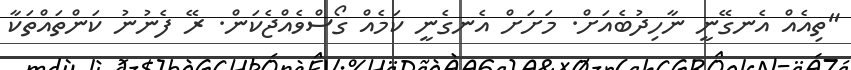
"ތިއެއް އެނގޭނީ ނާހިދުބެއަށް. މަށަށް އެނގެނީ ކަމެއް ގޯސްވެއްޖެކަން. ރޭ ފެނުނު ކަންތައްތަކާ